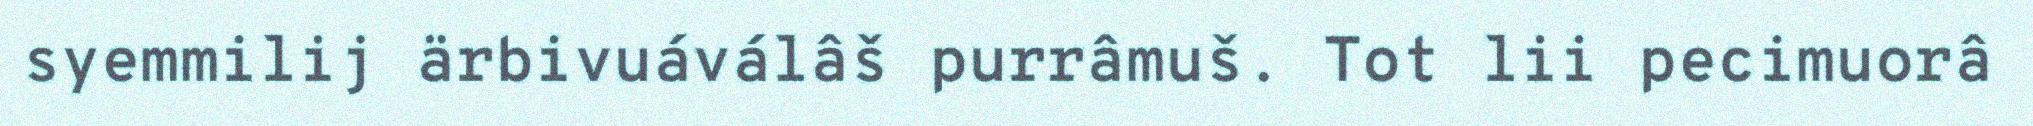
syemmilij ärbivuáválâš purrâmuš. Tot lii pecimuorâ